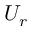
U _ { r }